Scottish Leaving Certificate Examination, 1954
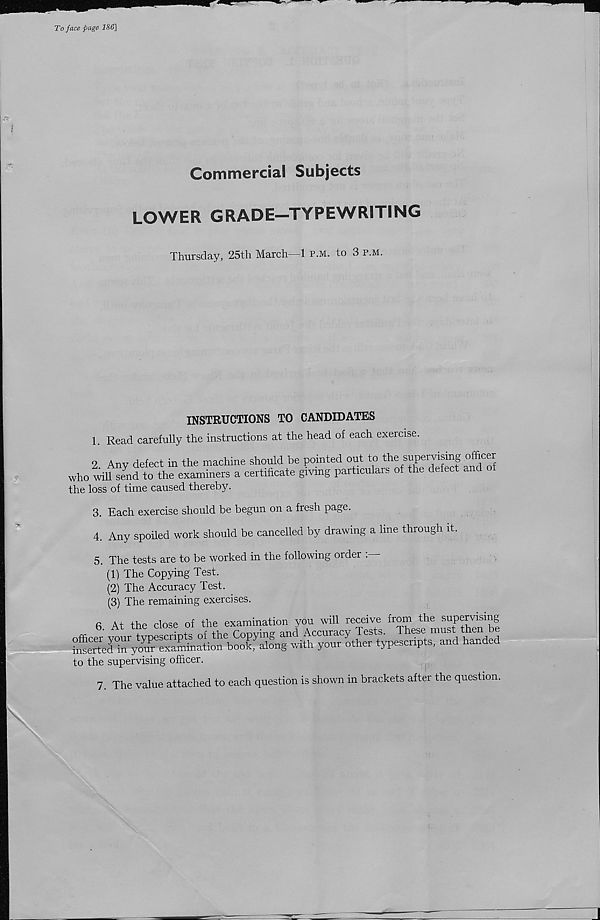
To face page IS6]
Commercial Subjects
LOWER GRADE—TYPEWRITING
Thursday, 25th March—1 p.m. to 3 p.m.
INSTRUCTIONS TO CANDIDATES
1. Read carefully the instructions at the head of each exercise.
2. Any defect in the machine should be pointed out ^
who will send to the examiners a certificate giving particulars of the defect
the loss of time caused thereby.
3. Each exercise should be begun on a fresh page.
4. Any spoiled work should be cancelled by drawing a line through it.
5. The tests are to be worked in the following order :
(1) The Copying Test.
(2) The Accuracy Test.
(3) The remaining exercises.
a At the close of the examination you will receive from the supervising
to the supervising officer.
7. The value attached to each question is shown in brackets after the question.